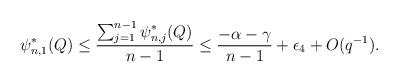
LaTeX: \begin{align*} \psi_{n,1}^{\ast}(Q)\leq \frac{\sum_{j=1}^{n-1} \psi_{n,j}^{\ast}(Q)}{n-1}\leq \frac{-\alpha-\gamma}{n-1}+\epsilon_{4}+O(q^{-1}).\end{align*}